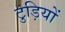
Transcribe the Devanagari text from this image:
टुड़ियों